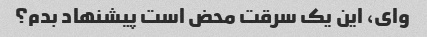
وای، این یک سرقت محض است پیشنهاد بدم؟